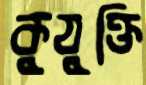
কুযুক্তি